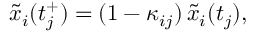
\tilde { x } _ { i } ( t _ { j } ^ { + } ) = ( 1 - \kappa _ { i j } ) \, \tilde { x } _ { i } ( t _ { j } ) ,